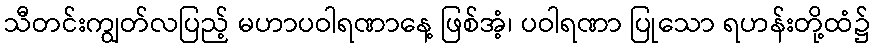
သီတင်းကျွတ်လပြည့် မဟာပဝါရဏာနေ့ ဖြစ်အံ့၊ ပဝါရဏာ ပြုသော ရဟန်းတို့ထံ၌